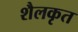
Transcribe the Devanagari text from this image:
शैलकृत